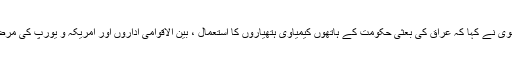
جنرل رحیم صفوی نے کہا کہ عراق کی بعثی حکومت کے ہاتھوں کیمیاوی ہتھیاروں کا استعمال ، بین الاقوامی اداروں اور امریکہ و یورپ کی مرضی سے ہوا تھا۔